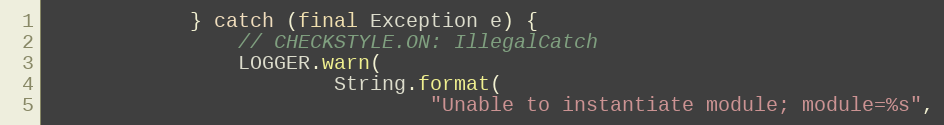
Language: Java
            } catch (final Exception e) {
                // CHECKSTYLE.ON: IllegalCatch
                LOGGER.warn(
                        String.format(
                                "Unable to instantiate module; module=%s",